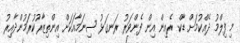
މި ފިލްމު ދެއްކުމަށް ޑާކް ރެއިން އިން ފެންވަރު ރަނގަޅު ސިނަމާއަކަށް އިންތިޒާރުކުރަމުންދާއިރު